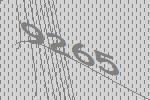
9265